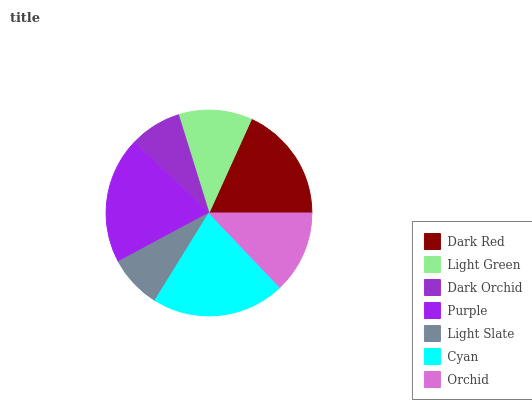
| Dark Red | Light Green | Dark Orchid | Purple | Light Slate | Cyan | Orchid |
 | --- | --- | --- | --- | --- | --- | --- |
 | 18.3% | 11.6% | 8.13% | 19.9% | 8.36% | 20.9% | 12.9% |